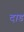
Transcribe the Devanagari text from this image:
दाड